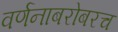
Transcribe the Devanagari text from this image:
वर्णनाबरोबरच